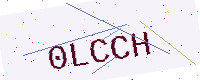
Text: 0LCCH